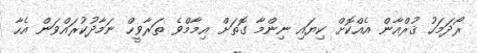
ރޯދަމަހު ޤުރްއާން އެއްކޮށް ކިޔައި ނިންމާ ގޮތަށް އިމާމްވެ ތަރާވީހް ނަމާދުކުރައްވަން އެހާ